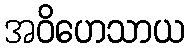
အဝိဟေသာယ